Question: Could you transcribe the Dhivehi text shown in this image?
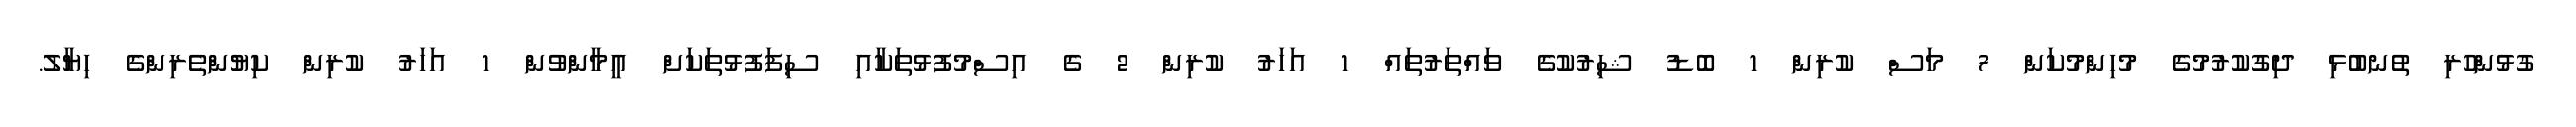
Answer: ގުޅުންހުރި ތުނބުޅި ދިގުކުރުމުގެ މުހިންމުކަން 7 މަސް ކުރިން 1 ބޮޑު ޝިރުކުގެ ވައްތަރުތައް 1 އަހަރު ކުރިން 2 ގެ އިސްމުފުޅުތަކާއި ސިފަފުޅުތަކަށް އީމާންވުން 1 އަހަރު ކުރިން ކިޔުންތެރިންގެ ހިޔާލު.